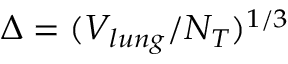
\Delta = ( V _ { l u n g } / N _ { T } ) ^ { 1 / 3 }